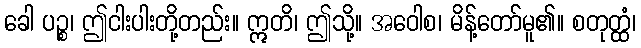
ခေါ ပဉ္စ၊ ဤငါးပါးတို့တည်း။ ဣတိ၊ ဤသို့။ အဝေါစ၊ မိန့်တော်မူ၏။ စတုတ္ထံ၊